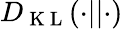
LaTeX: D_{\mathrm{~K~L~}}(\cdot||\cdot)